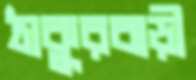
ঠাকুরবাড়ী